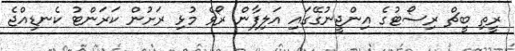
ރީތި ބީޗް ރިސޯޓުގެ އިންޖީނުގޭގައި އަލިފާން ރޯވެ މުޅި ރަށުން ކަރަންޓު ކެނޑިއްޖެ